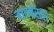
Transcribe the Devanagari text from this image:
बारचेस्टर